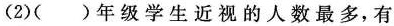
(2)()年级学生近视的人数最多，有(